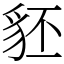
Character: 豾